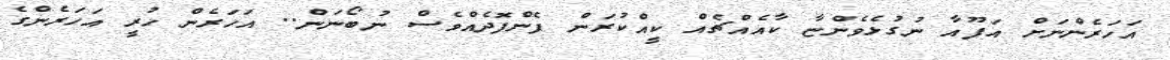
އަހަރެންނަށް އަފޫއާ ނުގުޅެވެންޏާ ކާއެއްޗެއް ކީއްކުރަން ފެންފޮދެއްވެސް ނުބޯނަން.. އަހަރެން ހުރީ އަހަރެންގެ